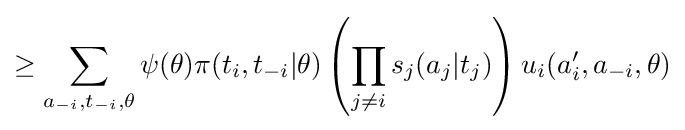
\geq \sum _{a_{-i},t_{-i},\theta }\psi (\theta )\pi (t_{i},t_{-i}|\theta )\left(\prod _{j\neq i}s_{j}(a_{j}|t_{j})\right)u_{i}(a'_{i},a_{-i},\theta )